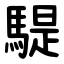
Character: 騠